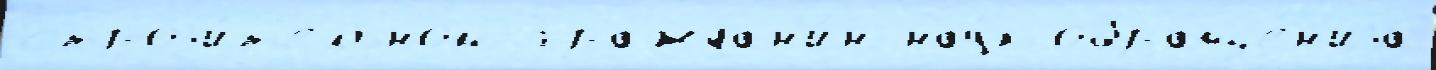
строjи́т'ельном граждан'и́н нау́к обраще́н'иjа